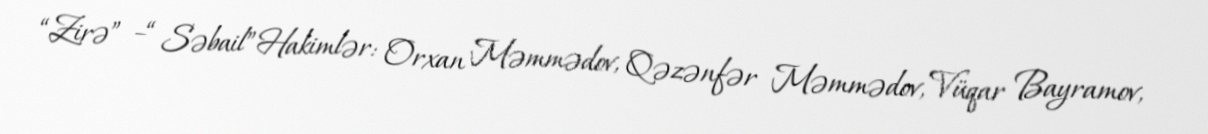
“Zirə” –“ Səbail”Hakimlər: Orxan Məmmədov, Qəzənfər Məmmədov, Vüqar Bayramov,